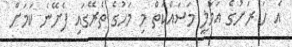
އެ ހަ ރަށުގެ އަމަލީ މަސައްކަތް މި މަހުގެ ތެރޭގައި ފެށޭނެ ކަމަށް